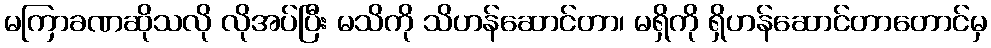
မကြာခဏဆိုသလို လိုအပ်ပြီး မသိကို သိဟန်ဆောင်တာ၊ မရှိကို ရှိဟန်ဆောင်တာတောင်မှ